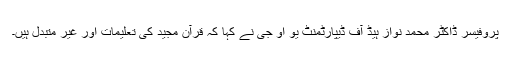
پروفیسر ڈاکٹر محمد نواز ہیڈ آف ڈیپارٹمنٹ یو او جی نے کہا کہ قرآن مجید کی تعلیمات اور غیر متبدل ہیں۔